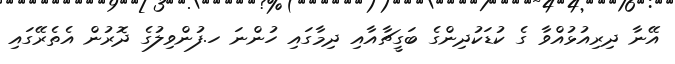
އޭނާ ދިރިއުޅުއްވާ ގެ ކުޑަކުދިންގެ ބަގީޗާއާއި ދިމާގައި ހުންނަ ހ.ފުންވިލުގެ ދޮރުން އެތެރޭގައި